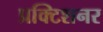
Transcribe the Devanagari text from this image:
प्रक्टिशनर